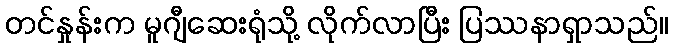
တင်နှုန်းက မူဂျီဆေးရုံသို့ လိုက်လာပြီး ပြဿနာရှာသည်။